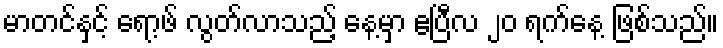
မာတင်နှင့် ရော့ဖ် လွတ်လာသည့် နေ့မှာ ဧပြီလ ၂၀ ရက်နေ့ ဖြစ်သည်။